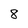
Character: 8